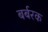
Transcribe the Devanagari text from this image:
बर्बरक